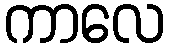
ကာလေ